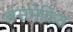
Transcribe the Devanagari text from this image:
असमेकित